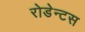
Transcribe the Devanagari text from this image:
रोडेन्टस